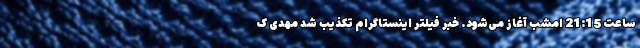
ساعت 21:15 امشب آغاز می‌شود. خبر فیلتر اینستاگرام تکذیب شد مهدی ک